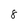
Character: 8